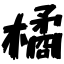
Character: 橘